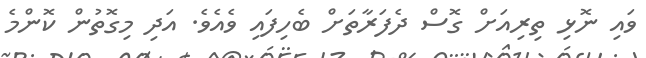
ވައި ނޮޅި ތިރިއަށް ގޮސް ދެފަރާތަށް ބެހިފައި ވެއެވެ. އަދި މިގޮތުން ކޮންމެ